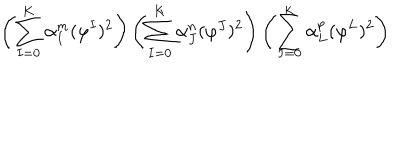
\left( \sum _ { I = 0 } ^ { K } \alpha _ { I } ^ { m } ( \varphi ^ { I } ) ^ { 2 } \right) \left( \sum _ { I = 0 } ^ { K } \alpha _ { J } ^ { n } ( \varphi ^ { J } ) ^ { 2 } \right) \left( \sum _ { I = 0 } ^ { K } \alpha _ { L } ^ { p } ( \varphi ^ { L } ) ^ { 2 } \right)